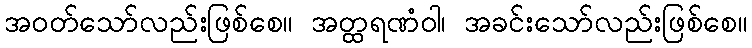
အဝတ်သော်လည်းဖြစ်စေ။ အတ္ထရဏံဝါ၊ အခင်းသော်လည်းဖြစ်စေ။